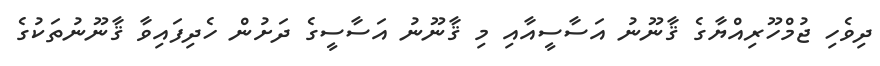
ދިވެހި ޖުމްހޫރިއްޔާގެ ޤާނޫނު އަސާސީއާއި މި ޤާނޫނު އަސާސީގެ ދަށުން ހެދިފައިވާ ޤާނޫނުތަކުގެ